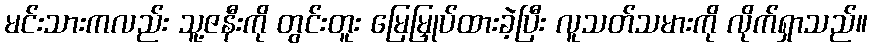
မင်းသားကလည်း သူ့ဇနီးကို တွင်းတူး မြေမြှုပ်ထားခဲ့ပြီး လူသတ်သမားကို လိုက်ရှာသည်။